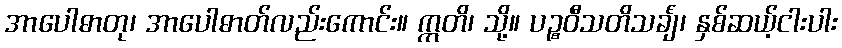
အာပေါဓာတု၊ အာပေါဓာတ်လည်းကောင်း။ ဣတိ၊ သို့။ ပဉ္စဝီသတိသင်္ချံ၊ နှစ်ဆယ့်ငါးပါး